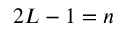
2 { \cal L } - 1 = n